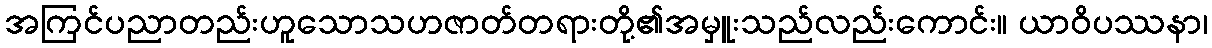
အကြင်ပညာတည်းဟူသောသဟဇာတ်တရားတို့၏အမှူးသည်လည်းကောင်း။ ယာဝိပဿနာ၊